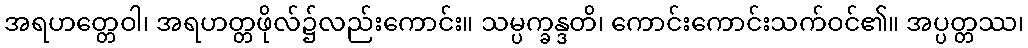
အရဟတ္တေဝါ၊ အရဟတ္တဖိုလ်၌လည်းကောင်း။ သမ္ပက္ခန္ဒတိ၊ ကောင်းကောင်းသက်ဝင်၏။ အပ္ပတ္တဿ၊